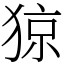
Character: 猄